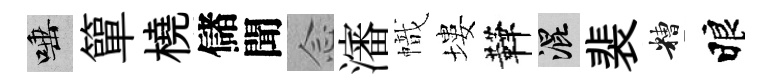
唾簞橈儲聞𫝹瀋幟塿鞾混裴糟睱